Vaccine operations Central Provinces 1900-1911 - 1900-1911
Year: 1900
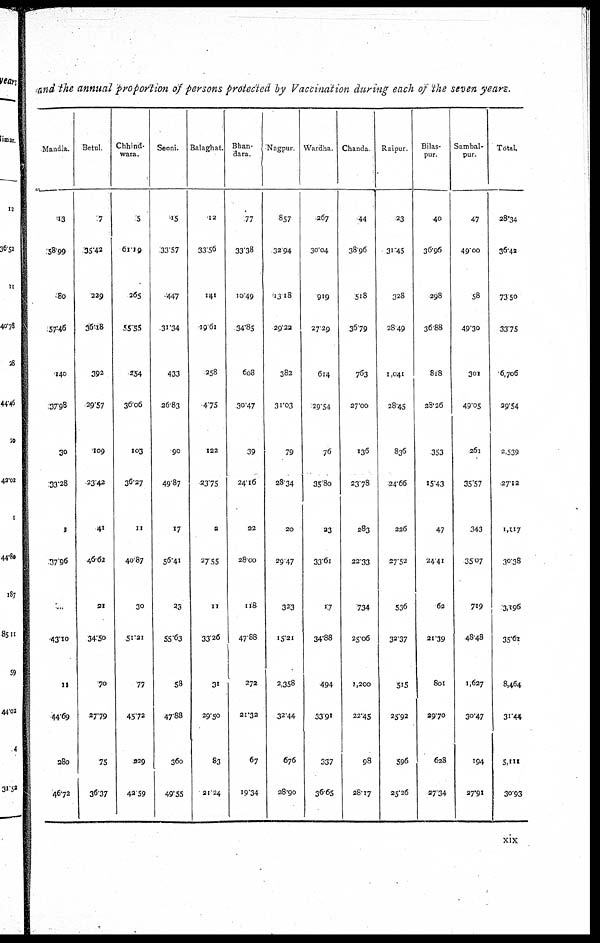
and the annual proportion of persons protected by Vaccination during each of the seven years.
Mandla.
13
58.99
80
57.46
140
37.98
30
33.28
1
37.96
...
43.10
11
44.69
280
46.72
Betul.
7
35.42
229
36.18
392
29.57
109
23.42
41
46.62
21
34.50
70
27.79
75
36.37
Chhind¬
wara.
5
61.19
265
55.55
254
36.06
103
36.27
11
40.87
30
51.21
77
45.72
229
42.59
Seoni.
15
33.57
447
31.34
433
26.83
90
49.87
17
56.41
23
55.63
58
47.88
360
49.55
Balaghat.
12
33.56
141
19.61
258
4.75
122
23.75
2
27.55
11
33.26
31
29.50
83
21.24
Bhan¬
dara.
77
33.38
10.49
34.85
608
30.47
39
24.16
22
28.00
118
47.88
272
21.32
67
19.34
Nagpur.
857
32.94
13.18
29.22
382
31.03
79
28.34
20
29.47
323
15.21
2,358
32.44
676
28.90
Wardha.
267
30.04
919
27.29
614
29.54
76
35.80
23
33.61
17
34.88
494
33.91
337
36.65
Chanda
44
38.96
518
36.79
763
27.00
136
23.78
283
22.33
734
25.06
1,200
22.45
98
28.17
Raipur.
23
31.45
328
28.49
1,041
28.45
836
24.66
226
27.52
536
32.37
515
25.92
596
25.26
Bilas¬
pur.
40
36.96
298
36.88
818
28.26
353
15.43
47
24.41
62
21.39
801
29.70
628
27.34
Sambal¬
pur.
47
49.00
58
49.30
301
49.05
261
35.57
343
35.07
719
48.48
1,627
30.47
194
27.91
Total.
28.34
36.42
73.50
33.75
6,706
29.54
2,539
27.12
1,117
30.38
3,196
35.61
8,464
3.44
5,111
30.93
xix